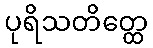
ပုရိသတိတ္ထေ